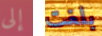
إلى بلغت